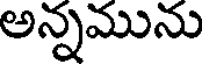
అన్నమును